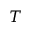
T